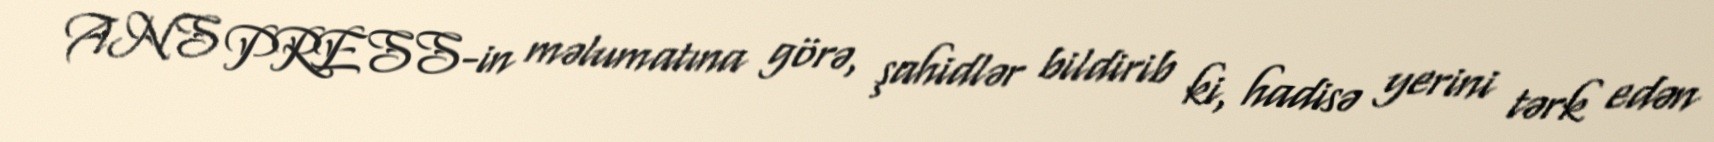
ANS PRESS-in məlumatına görə, şahidlər bildirib ki, hadisə yerini tərk edən